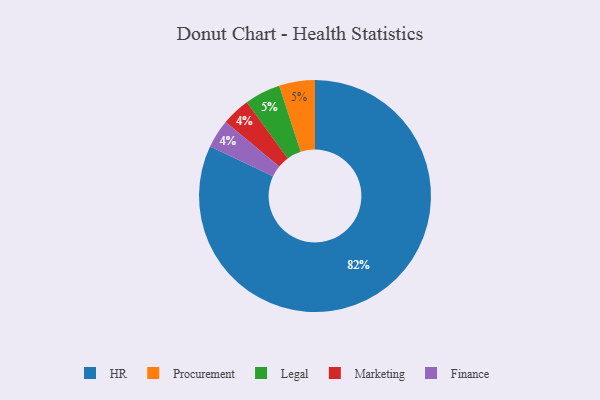
{"axis": {"x": "Category", "y": "Percentage"}, "legend": ["Finance", "HR", "Legal", "Marketing", "Procurement"], "data": [{"x": "Marketing", "y": 4, "type": "Marketing"}, {"x": "HR", "y": 82, "type": "HR"}, {"x": "Procurement", "y": 5, "type": "Procurement"}, {"x": "Finance", "y": 4, "type": "Finance"}, {"x": "Legal", "y": 5, "type": "Legal"}]}